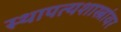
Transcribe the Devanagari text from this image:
स्थापत्यशास्त्रांवर